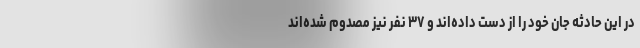
در این حادثه جان خود را از دست داده‌اند و ۳۷ نفر نیز مصدوم شده‌اند